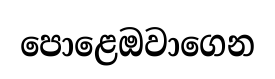
පොළෙඔවාගෙන